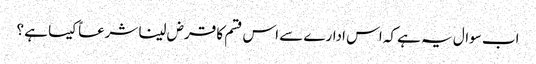
اب سوال یہ ہے کہ اس ادارے سے اس قسم کا قرض لینا شرعاً کیسا ہے ؟